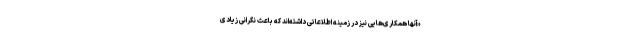
«آنها همکاری‌هایی نیز در زمینه اطلاعاتی داشته‌اند که باعث نگرانی زیادی